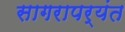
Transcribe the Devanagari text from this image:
सागरापर्यंत